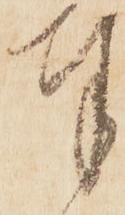
奉